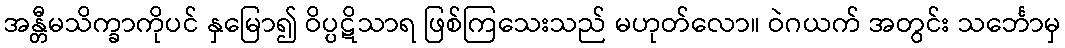
အန္တီမသိက္ခာကိုပင် နှမြော၍ ဝိပ္ပဋိသာရ ဖြစ်ကြသေးသည် မဟုတ်လော။ ဝဲဂယက် အတွင်း သင်္ဘောမှ